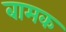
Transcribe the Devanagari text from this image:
बामक